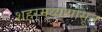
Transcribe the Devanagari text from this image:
शहरमध्यापासून